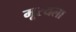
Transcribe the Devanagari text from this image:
मूरयला